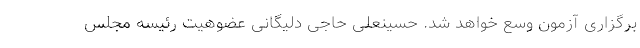
برگزاری آزمون وسع خواهد شد. حسینعلی حاجی دلیگانی عضوهیت رئیسه مجلس